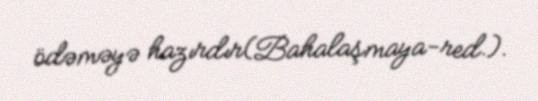
ödəməyə hazırdır(Bahalaşmaya-red.).